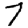
Digit: 7